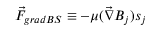
\vec { F } _ { g r a d B S } \equiv - \mu ( \vec { \nabla } B _ { j } ) s _ { j }